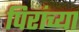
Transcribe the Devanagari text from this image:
पिरांच्या